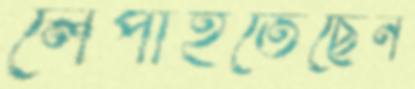
লেপাইতেছেন